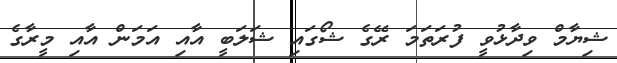
ޝިޔާމް ވިދާޅުވީ ފުރަތަމަ ރޭގެ ޝޯގައި ޝަލަބީ އާއި އަމަން އާއި މީރާގެ